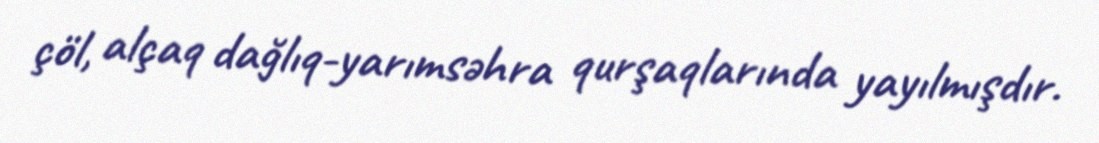
çöl, alçaq dağlıq-yarımsəhra qurşaqlarında yayılmışdır.